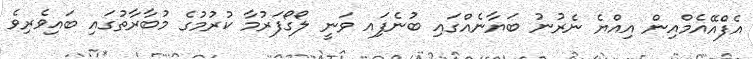
އެފްެއޭއެމްއިން އިއްޔެ ނެރުނު ބަޔާނެއްގައި ބުނެފަިއ ވަނީ ލޯގޯފަރުމާ ކުރުމުގެ މުބާރާތުގައި ބައިވެރިވެ